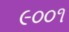
૯૦૦૧